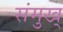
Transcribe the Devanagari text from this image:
संमुख्